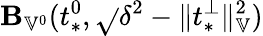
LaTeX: \mathbf{B}_{\mathbb{{V}}^{0}}(t_{*}^{0},\sqrt{}{{\delta^{2}-\| t_{*}^{\perp}\| _{\mathbb{{V}}}^{2}}})